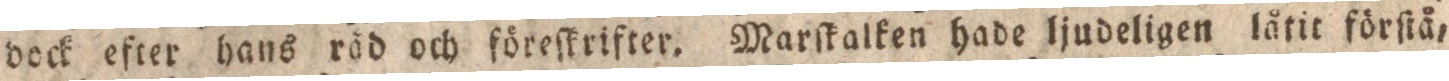
dock efter hans räd och föreſkrifter. Marſkalken hade ljudeligen låtit förſtå,